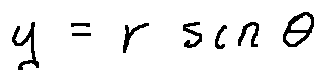
y = r \sin \theta